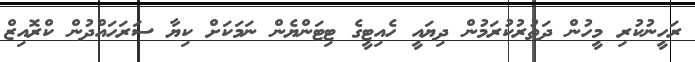
ރަހީނުކުރި މީހުން ދަތުރުކުރަމުން ދިޔައީ ހެއިޓީގެ ޓިޓަންޔެން ނަމަކަށް ކިޔާ ސަރަހައްދުން ކްރޮއިޒް